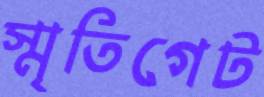
স্মৃতিগেট